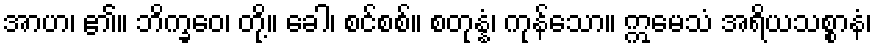
အာဟ၊ ၏။ ဘိက္ခဝေ၊ တို့။ ခေါ၊ စင်စစ်။ စတုန္နံ၊ ကုန်သော။ ဣမေသံ အရိယသစ္စာနံ၊